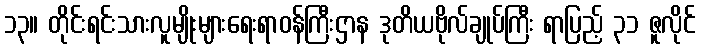
၁၃။ တိုင်းရင်းသားလူမျိုးများရေးရာဝန်ကြီးဌာန ဒုတိယဗိုလ်ချုပ်ကြီး ရာပြည့် ၃၁ ဇူလိုင်